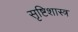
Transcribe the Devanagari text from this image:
सृष्टिशास्त्र